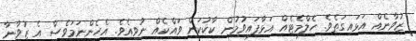
ޒުވާނެއް އަޅައިގަތެވެ. ހެލްމެޓެއް އަޅާފައިވުމުން ކާކުކަން ވައްކެއް ނުވިއެވެ. އެހެންނަމަވެސް އެ ޒުވާނާ